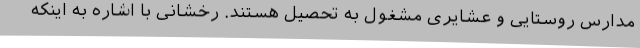
مدارس روستایی و عشایری مشغول به تحصیل هستند. رخشانی با اشاره به اینکه